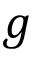
g